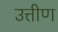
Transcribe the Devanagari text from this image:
उत्तीण